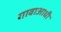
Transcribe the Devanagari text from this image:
गावाआधी